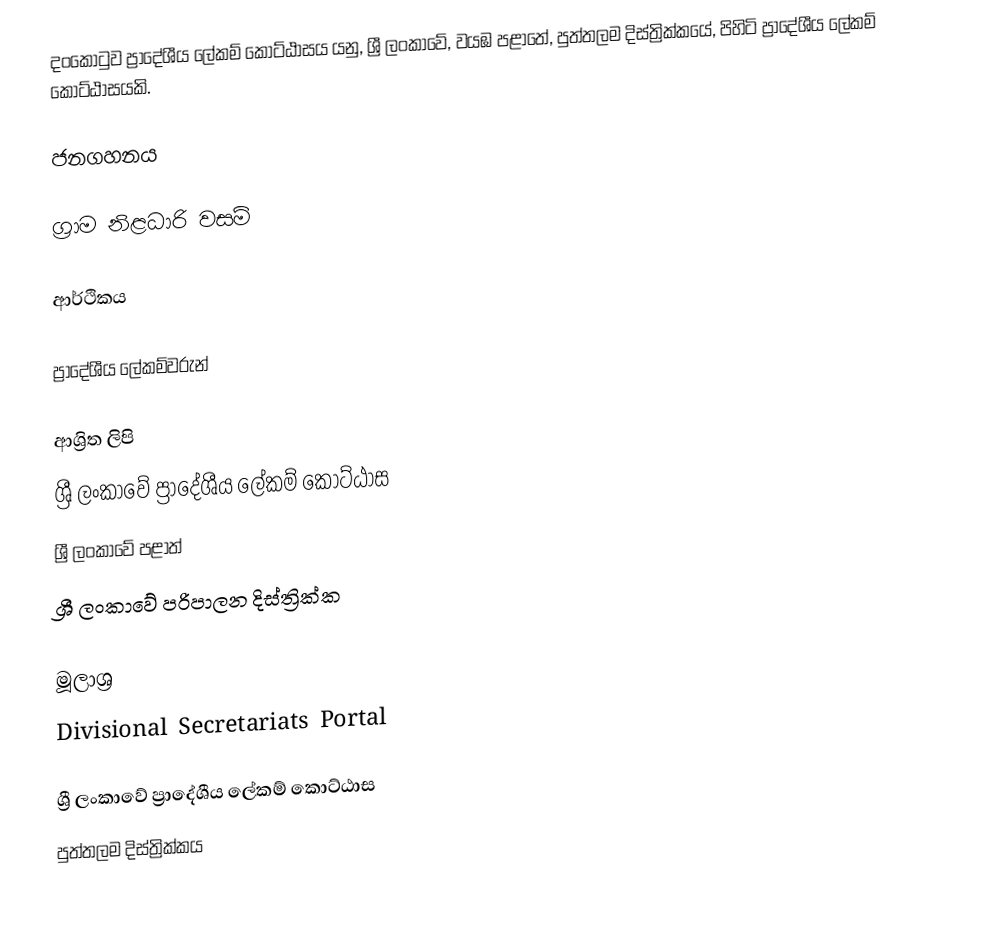
දංකොටුව ප්‍රාදේශීය ලේකම් කොට්ඨාසය යනු,  ශ්‍රී ලංකාවේ, වයඹ පළාතේ,   පුත්තලම දිස්ත්‍රික්කයේ, පිහිටි ප්‍රාදේශීය ලේකම් කොට්ඨාසයකි.

ජනගහනය

ග්‍රාම නිළධාරි වසම්

ආර්ථිකය

ප්‍රාදේශීය ලේකම්වරුන්

ආශ්‍රිත ලිපි
ශ්‍රී ලංකාවේ ප්‍රාදේශීය ලේකම් කොට්ඨාස
ශ්‍රී ලංකාවේ පළාත්
ශ්‍රී ලංකාවේ පරිපාලන දිස්ත්‍රික්ක

මූලාශ්‍ර
 Divisional Secretariats Portal

ශ්‍රී ලංකාවේ ප්‍රාදේශීය ලේකම් කොට්ඨාස
පුත්තලම දිස්ත්‍රික්කය